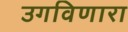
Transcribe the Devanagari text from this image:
उगविणारा